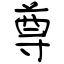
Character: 尊